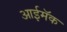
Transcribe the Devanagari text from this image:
आईमॅक